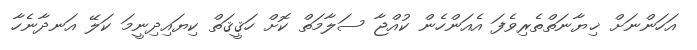
އަހަންނަށް ޚިޔާނަތްތެރިވެފަ އެއަންހެން ކުއްޖާ ސަލާމަތް ކޮށް ހަޤީޤަތް ކިޔައިދިނީމަ ކަލޭ އަނދާނެހާ